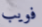
فويب